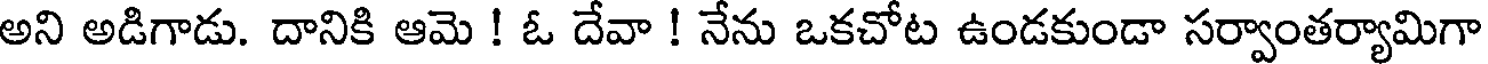
అని అడిగాడు. దానికి ఆమె ! ఓ దేవా ! నేను ఒకచోట ఉండకుండా సర్వాంతర్యామిగా